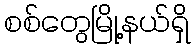
စစ်တွေမြို့နယ်ရှိ